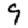
Digit: 9